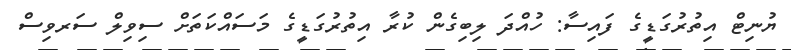
ޔުނިޓް އިތުރުގަޑީގެ ފައިސާ: ހުއްދަ ލިބިގެން ކުރާ އިތުރުގަޑީގެ މަސައްކަތަށް ސިވިލް ސަރވިސް